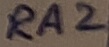
Text: RA2